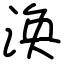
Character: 涣